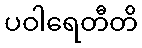
ပဝါရေတီတိ